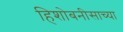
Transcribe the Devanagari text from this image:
हिशोबनीसाच्या